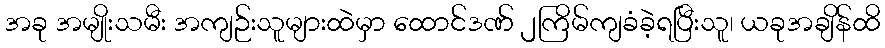
အခု အမျိုးသမီး အကျဉ်းသူများထဲမှာ ထောင်ဒဏ် ၂ကြိမ်ကျခံခဲ့ရပြီးသူ၊ ယခုအချိန်ထိ